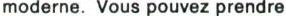
moderne. Vous pouvez prendre